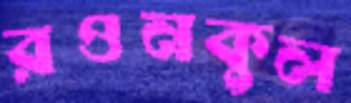
রওনকুল